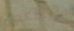
دريسكول